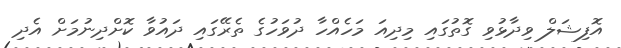
އޮފިޝަލް ވިދާޅުވި ގޮތުގައި މިދިއަ މަހެއްހާ ދުވަހުގެ ތެރޭގައި ދައުވާ ކޮށްދިނުމަށް އެދި